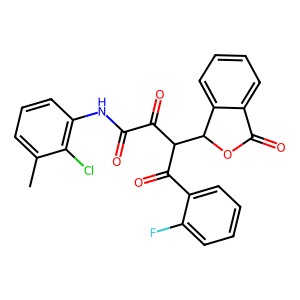
SMILES: Cc1cccc(NC(=O)C(=O)C(C(=O)c2ccccc2F)C2OC(=O)c3ccccc32)c1Cl
Inhibits HIV replication: No